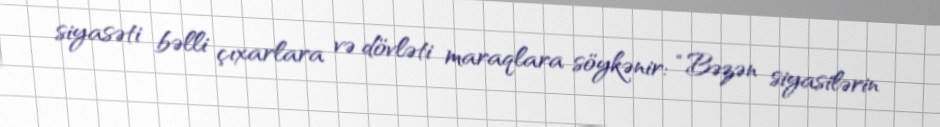
siyasəti bəlli çıxarlara və dövləti maraqlara söykənir: “Bəzən siyasilərin